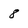
Character: 8